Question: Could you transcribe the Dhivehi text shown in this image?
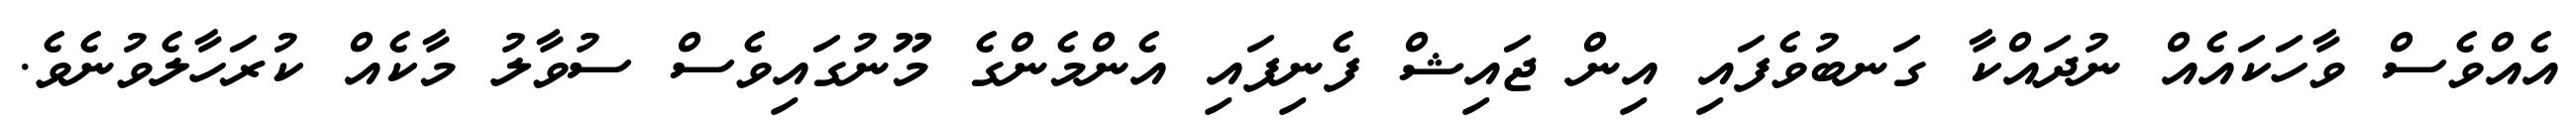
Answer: އެއްވެސް ވާހަކައެއް ނުދައްކާ ގަނބުވެފައި އިން ޖައިޝް ފެނިފައި އެންމެންގެ މޫނުގައިވެސް ސުވާލު މާކެއް ކުރަހާލެވުނެވެ.